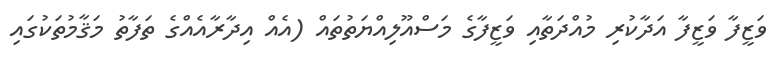
ވަޒީފާ ވަޒީފާ އަދާކުރި މުއްދަތާއި ވަޒީފާގެ މަސްއޫލިއްޔަތުތައް (އެއް އިދާރާއެއްގެ ތަފާތު މަޤާމުތަކުގައި